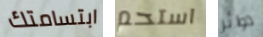
ابتسامتك استحم دوائر